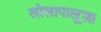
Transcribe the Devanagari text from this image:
लोलापालूज़ा